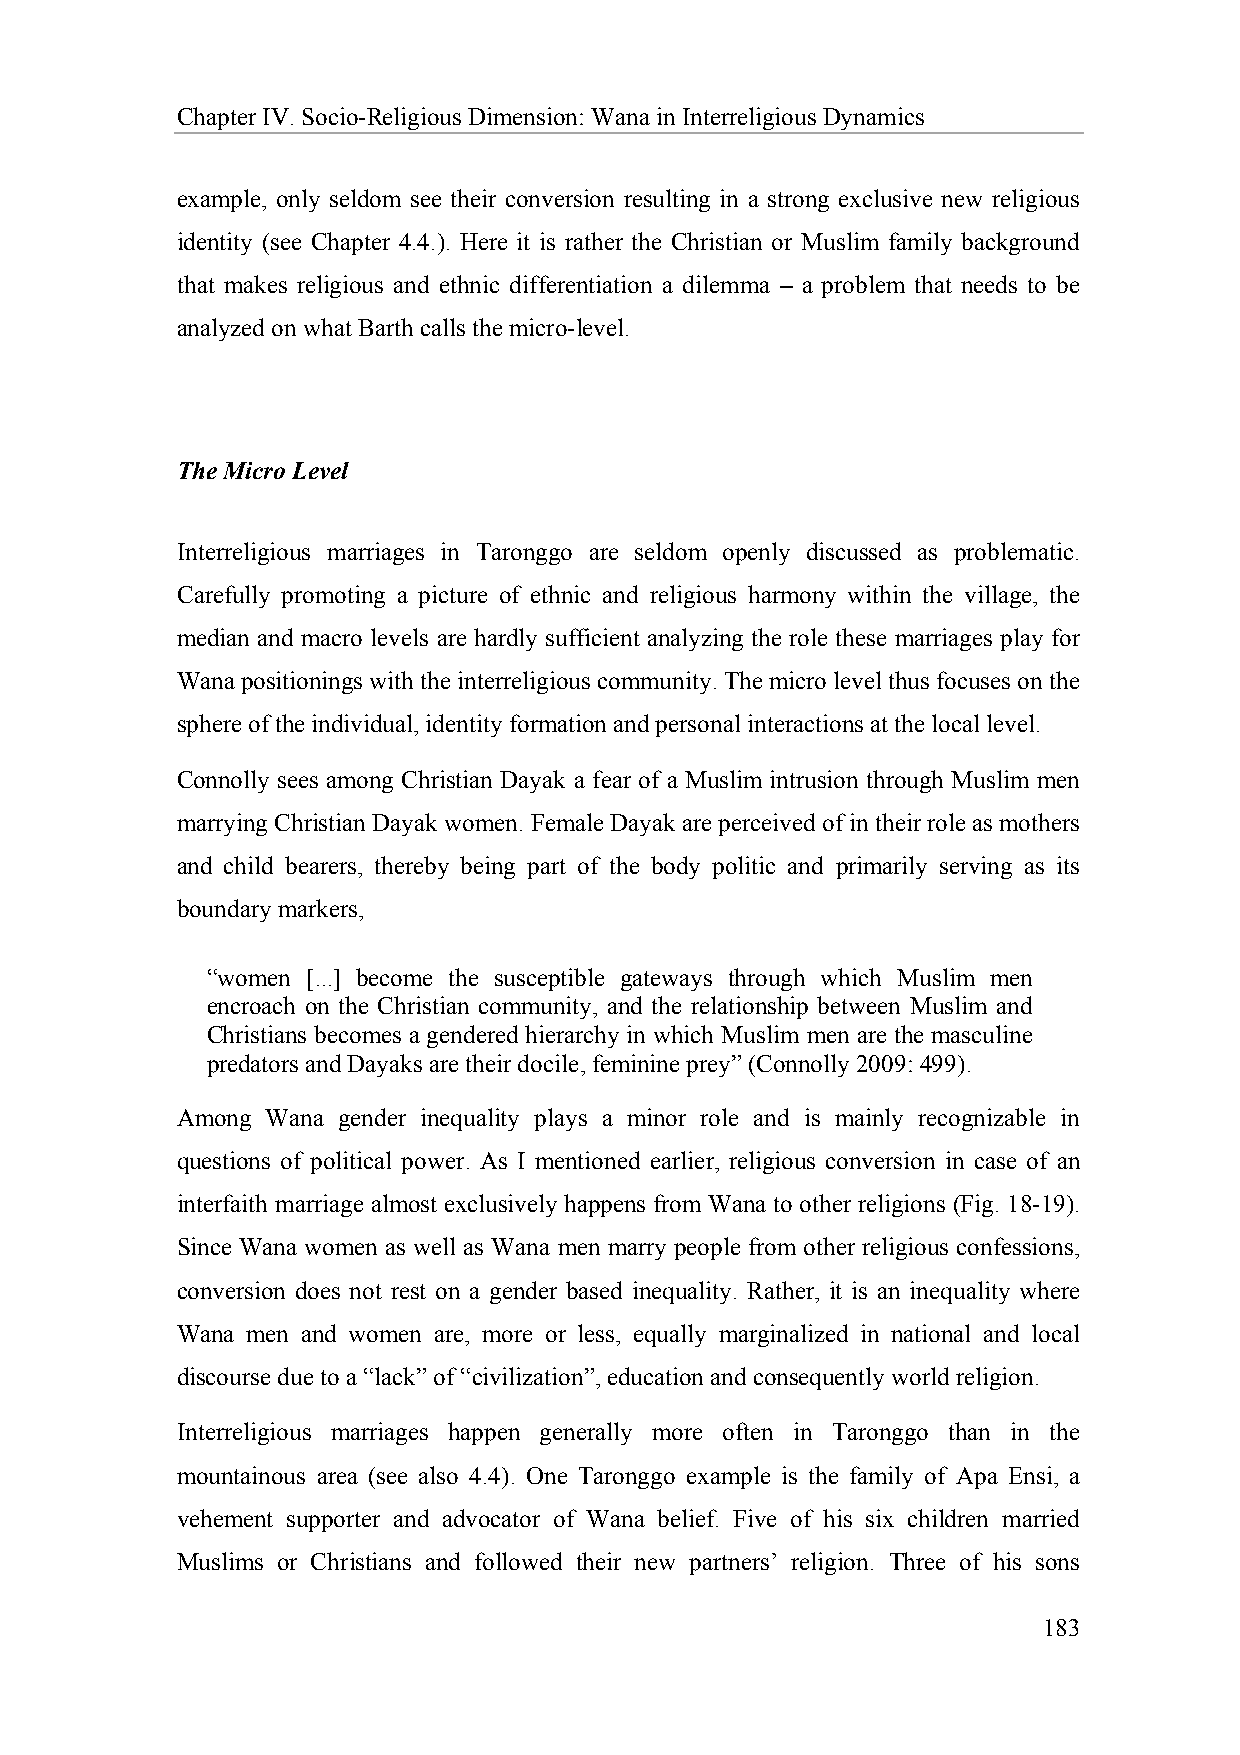
Chapter IV. Socio-Religious Dimension: Wana in Interreligious Dynamics
 example, only seldom see their conversion resulting in a strong exclusive new religious
 identity (see Chapter 4.4.). Here it is rather the Christian or Muslim family background
 that makes religious and ethnic differentiation a dilemma – a problem that needs to be
 analyzed on what Barth calls the micro-level.
 The Micro Level
 Interreligious marriages in Taronggo are seldom openly discussed as problematic.
 Carefully promoting a picture of ethnic and religious harmony within the village, the
 median and macro levels are hardly sufficient analyzing the role these marriages play for
 Wana positionings with the interreligious community. The micro level thus focuses on the
 sphere of the individual, identity formation and personal interactions at the local level.
 Connolly sees among Christian Dayak a fear of a Muslim intrusion through Muslim men
 marrying Christian Dayak women. Female Dayak are perceived of in their role as mothers
 and child bearers, thereby being part of the body politic and primarily serving as its
 boundary markers,
 “women [...] become the susceptible gateways through which Muslim men
 encroach on the Christian community, and the relationship between Muslim and
 Christians becomes a gendered hierarchy in which Muslim men are the masculine
 predators and Dayaks are their docile, feminine prey” (Connolly 2009: 499).
 Among Wana gender inequality plays a minor role and is mainly recognizable in
 questions of political power. As I mentioned earlier, religious conversion in case of an
 interfaith marriage almost exclusively happens from Wana to other religions (Fig. 18-19).
 Since Wana women as well as Wana men marry people from other religious confessions,
 conversion does not rest on a gender based inequality. Rather, it is an inequality where
 Wana men and women are, more or less, equally marginalized in national and local
 discourse due to a “lack” of “civilization”, education and consequently world religion.
 Interreligious marriages happen generally more often in Taronggo than in the
 mountainous area (see also 4.4). One Taronggo example is the family of Apa Ensi, a
 vehement supporter and advocator of Wana belief. Five of his six children married
 Muslims or Christians and followed their new partners’ religion. Three of his sons
 183